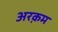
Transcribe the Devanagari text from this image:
अरक़म